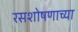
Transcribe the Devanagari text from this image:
रसशोषणाच्या